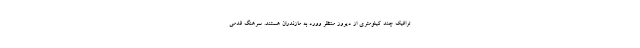
ترافیک چند کیلومتری از دیروز منتظر وورد به مازندران هستند. سرهنگ قدمی